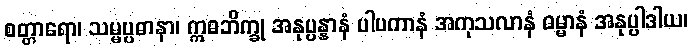
စတ္တာရော၊ သမ္မပ္ပဓာနာ၊ ဣဓဘိက္ခု အနုပ္ပန္နာနံ ပါပကာနံ အကုသလာနံ ဓမ္မာနံ အနုပ္ပါဒါယ၊